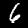
Digit: 6